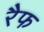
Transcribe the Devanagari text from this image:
रैफ